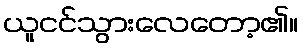
ယူငင်သွားလေတော့၏။